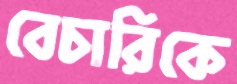
বেচারিকে